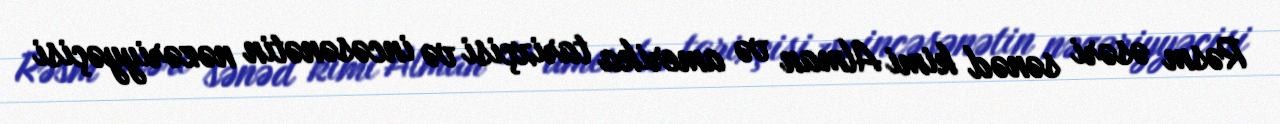
Rəsm əsəri sənəd kimi Alman və amerika tarixçisi və incəsənətin nəzəriyyəçisi